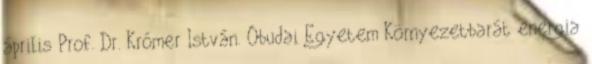
április Prof. Dr. Krómer István. Óbudai Egyetem Környezetbarát energia